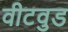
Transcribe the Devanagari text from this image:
वीटवुड